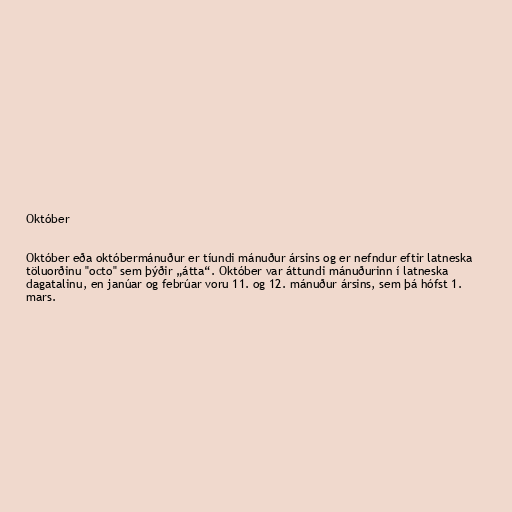
Október

Október eða októbermánuður er tíundi mánuður ársins og er nefndur eftir latneska
töluorðinu "octo" sem þýðir „átta“. Október var áttundi mánuðurinn í latneska
dagatalinu, en janúar og febrúar voru 11. og 12. mánuður ársins, sem þá hófst 1.
mars.